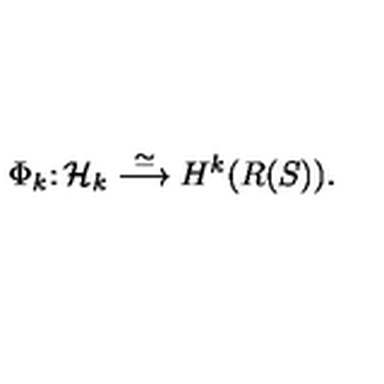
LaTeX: \Phi _ { k } \colon { \cal H \/ } _ { k } \stackrel { \simeq } { \longrightarrow } H ^ { k } ( R ( S ) ) .